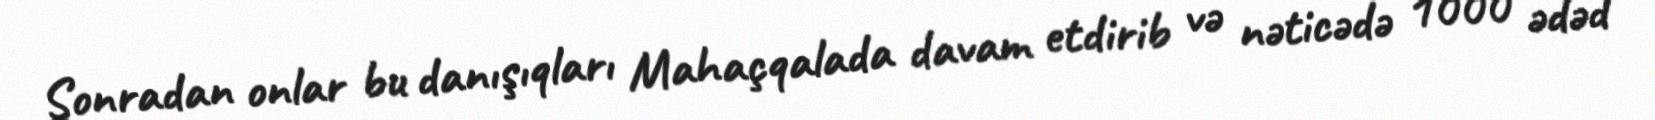
Sonradan onlar bu danışıqları Mahaçqalada davam etdirib və nəticədə 1000 ədəd